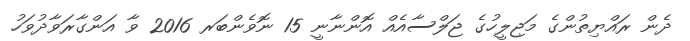
ދެން ރައްޔިތުންގެ މަޖިލީހުގެ ޖަލްސާއެއް އޮންނާނީ 15 ނޮވެންބަރ 2016 ވާ އަންގާރަވާދުވަހު